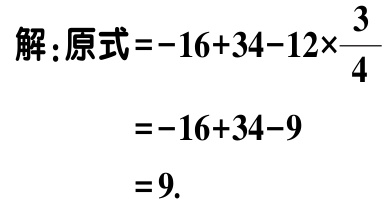
解：原式\(=-16 + 34 - 12\times\frac{3}{4}\)

\(=-16 + 34 - 9\)

\(= 9\).